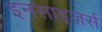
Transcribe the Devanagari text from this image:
इनसाइज़र्स